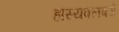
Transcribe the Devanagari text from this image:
हास्यक्लबचे